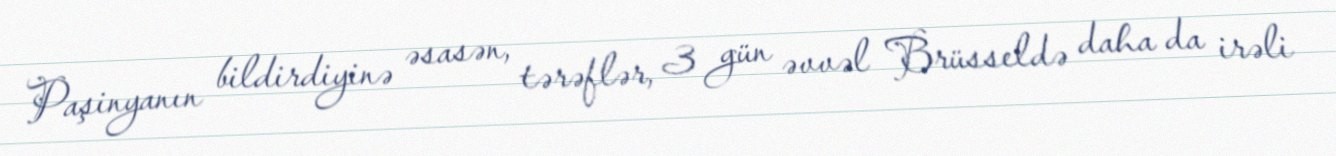
Paşinyanın bildirdiyinə əsasən, tərəflər, 3 gün əvvəl Brüsseldə daha da irəli